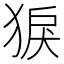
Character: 𤟑